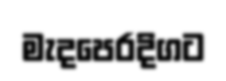
මැදපෙරදිගට